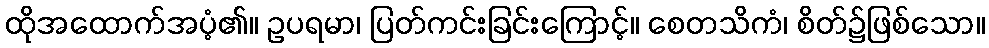
ထိုအထောက်အပံ့၏။ ဥပရမာ၊ ပြတ်ကင်းခြင်းကြောင့်။ စေတသိကံ၊ စိတ်၌ဖြစ်သော။